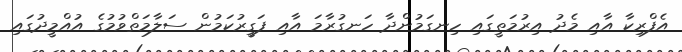
އެފްރިކާ އާއި މެދު އިރުމަތީގައި ހިނގަމުންދާ ހަނގުރާމަ އާއި ފަގީރުކަމުން ސަލާމަތްވުމުގެ އުއްމީދުގައި